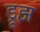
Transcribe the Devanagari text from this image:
ड्रूझ